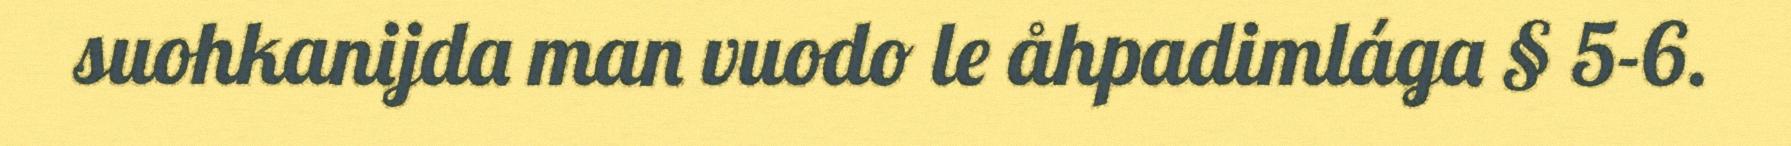
suohkanijda man vuodo le åhpadimlága § 5-6.